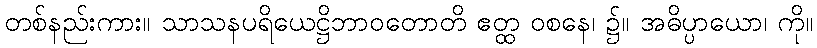
တစ်နည်းကား။ သာသနပရိယေဋ္ဌိဘာဝတောတိ ဧတ္ထ ဝစနေ၊ ၌။ အဓိပ္ပာယော၊ ကို။